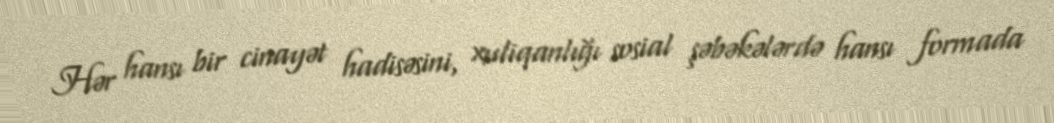
Hər hansı bir cinayət hadisəsini, xuliqanlığı sosial şəbəkələrdə hansı formada